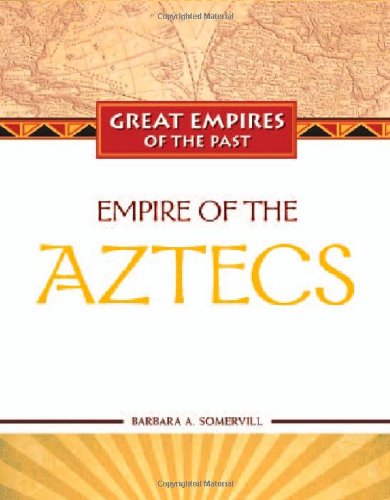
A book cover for Empire of the Aztecs (Great Empires of the Past); Barbara A. Somervill; History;